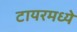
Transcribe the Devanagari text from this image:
टायरमध्ये